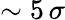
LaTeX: \sim 5\, \sigma